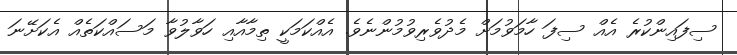
ސިފައިންކުރެ އެއް ސިފަ ހާމަވުމަށް މެދުވެރިވުމުންނެވެ. އެއްކަމަކީ ތިމާއާއި ހަވާލުވާ މަސައްކަތެއް އެކަށޭނަ